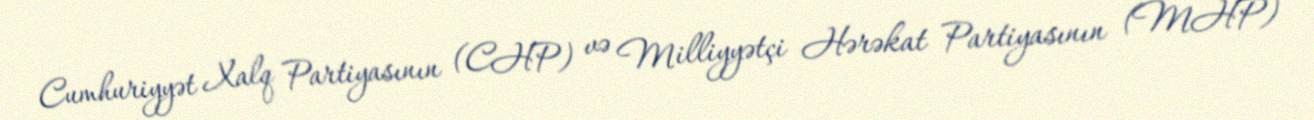
Cumhuriyyət Xalq Partiyasının (CHP) və Milliyyətçi Hərəkat Partiyasının (MHP)